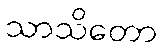
သာသိတော